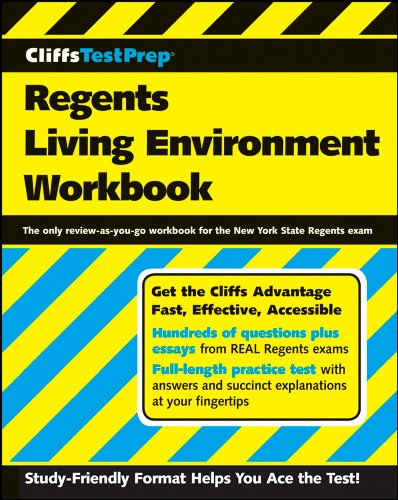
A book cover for CliffsTestPrep Regents Living Environment Workbook; American BookWorks Corporation; Test Preparation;